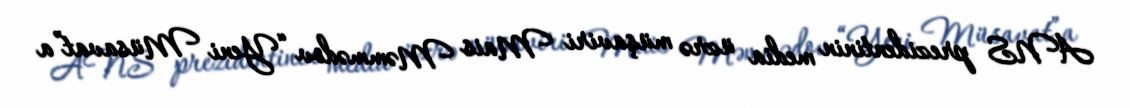
ANS prezidentinin media üzrə müşaviri Mais Məmmədov “Yeni Müsavat”a